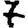
Digit: 7